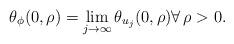
LaTeX: \begin{align*}\theta_{\phi}(0,\rho) = \lim_{j \to \infty} \theta_{u_{j}}(0,\rho) \forall\, \rho > 0.\end{align*}